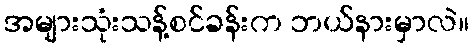
အများသုံးသန့်စင်ခန်းက ဘယ်နားမှာလဲ။